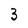
Character: 3